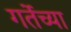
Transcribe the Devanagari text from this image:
गर्तेच्या